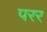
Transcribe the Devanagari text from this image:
परर